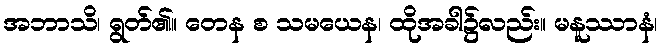
အဘာသိ၊ ရွတ်၏။ တေန စ သမယေန၊ ထိုအခါ၌လည်း။ မနူဿာနံ၊